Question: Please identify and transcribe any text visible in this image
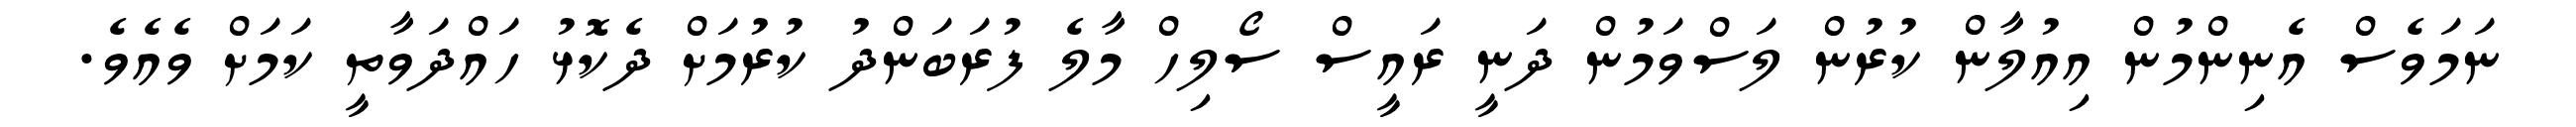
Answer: ނަމަވެސް އެނިންމުން އިއުލާން ކުރުން ލަސްވަމުން ދަނީ ރައީސް ސޯލިހް މާލެ ފުރަބަންދު ކުރުމަށް ދެކޮޅު ހައްދަވާތީ ކަމަށް ވެއެވެ.